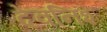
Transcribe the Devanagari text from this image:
देवनिश